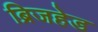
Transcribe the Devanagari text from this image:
ब्रिजहेड